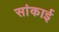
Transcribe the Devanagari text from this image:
सांकाई